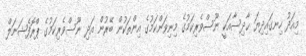
މިއަދު ހިނގައިދިޔަ ޙާދިސާއަކީ ނޫސްވެރިކަމުގެ މިނިވަންކަމުގެ އިންތަކުން ބޭރުން އަދި ނޫސްވެރިކަމުގެ ޕްރޮފެޝަނަލް